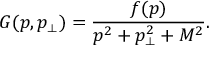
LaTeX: G ( p , p _ { \perp } ) = \frac { f ( p ) } { p ^ { 2 } + p _ { \perp } ^ { 2 } + M ^ { 2 } } .